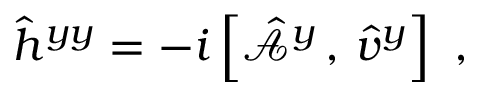
\hat { h } ^ { y y } = - i \left[ \hat { \mathcal { A } } ^ { y } \, , \, \hat { v } ^ { y } \right] \mathrm { ~ , ~ }